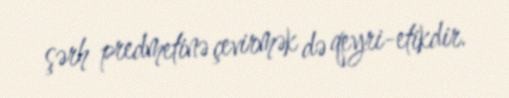
şərh predmetinə çevirmək də qeyri-etikdir.